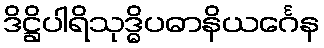
ဒိဋ္ဌိပါရိသုဒ္ဓိပဓာနိယင်္ဂေန